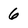
Character: 6